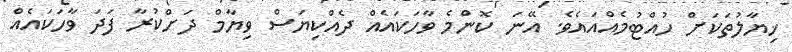
ޚިޔާލުތަކަށް ހުއްޓުމެއްއައެވެ. އޭނަ ކޮންމެ ވާހަކައެއް ދެއްކިޔަސް ވިޔާމް ދަށްކުރާ ފަދަ ވާހަކައެއް